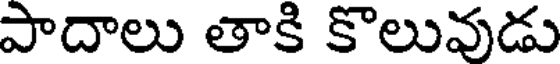
పాదాలు తాకి కొలువుడు